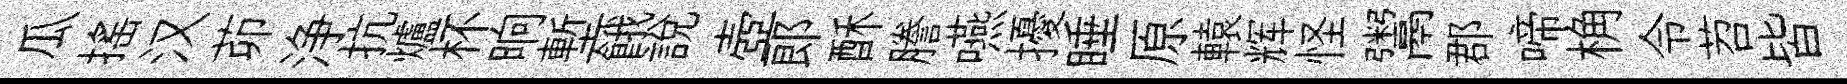
瓜搖汉茆浄抗爐杯晌塹餓說壺郞酥謄嚥擾睡原轅辉怪鬻郡啼桷令苕皆